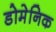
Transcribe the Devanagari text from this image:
डोमेनिक